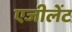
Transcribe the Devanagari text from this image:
एजीलेंट